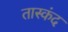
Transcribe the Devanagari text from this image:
तास्कंद